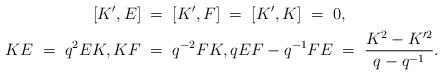
LaTeX: \begin{align*}[K',E] & \; = \; [K',F] \; = \; [K',K] \; = \; 0, \\\; KE \; =\; q^2 EK, KF & \; = \; q^{-2}FK, q EF- q^{-1} FE \; = \; \frac{K^2-K'^{2}}{q-q^{-1}}. \end{align*}